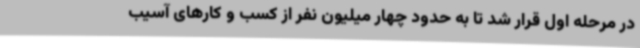
در مرحله اول قرار شد تا به حدود چهار میلیون نفر از کسب و کارهای آسیب